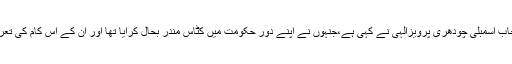
یہی بات سپیکر پنجاب اسمبلی چودھری پرویزالٰہی نے کہی ہے،جنہوں نے اپنے دورِ حکومت میں کٹاس مندر بحال کرایا تھا اور اُن کے اس کام کی تعریف بھی ہوئی تھی۔